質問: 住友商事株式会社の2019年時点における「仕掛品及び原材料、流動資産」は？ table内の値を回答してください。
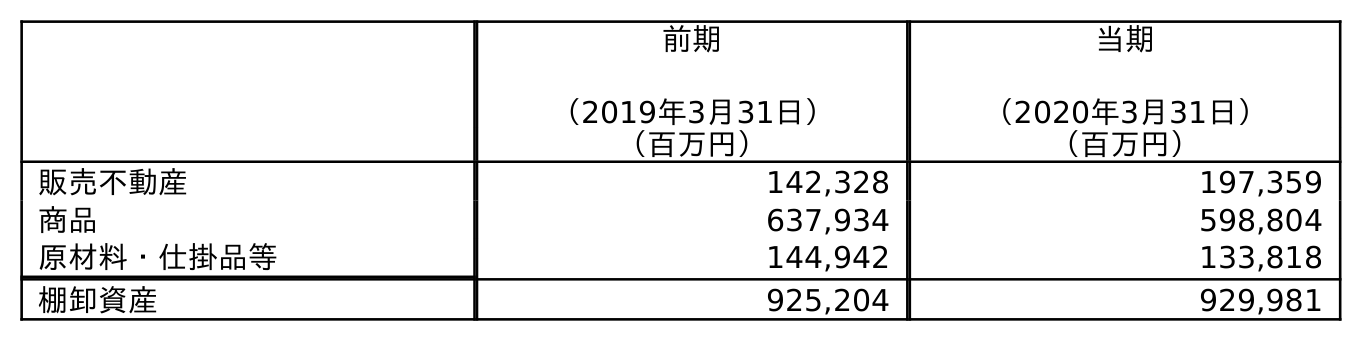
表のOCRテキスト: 前期 （2019年3月31日） 当期 （2020年3月31日） （百万円） （百万円） 販売不動産 142,328 197,359 商品 637,934 598,804 原材料・仕掛品等 144,942 133,818 棚卸資産 925,204 929,981
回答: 144,942